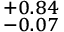
^ { + 0 . 8 4 } _ { - 0 . 0 7 }